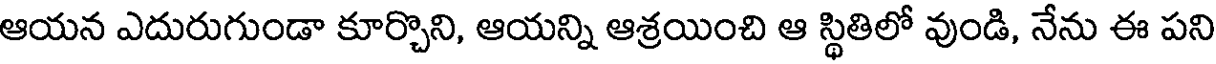
ఆయన ఎదురుగుండా కూర్చొని, ఆయన్ని ఆశ్రయించి ఆ స్థితిలో వుండి, నేను ఈ పని